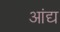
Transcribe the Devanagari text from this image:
आंद्य